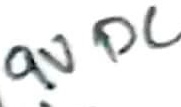
Text: 9VDC